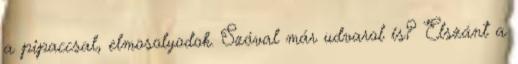
a pipaccsal, elmosolyodok. Szóval már udvarol is? Elszánt a